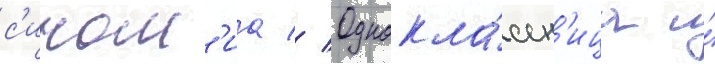
с'ином'иа // Однокла́ссн'ица и́